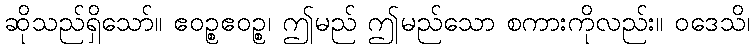
ဆိုသည်ရှိသော်။ ဧဝဉ္စဧဝဉ္စ၊ ဤမည် ဤမည်သော စကားကိုလည်း။ ဝဒေသိ၊